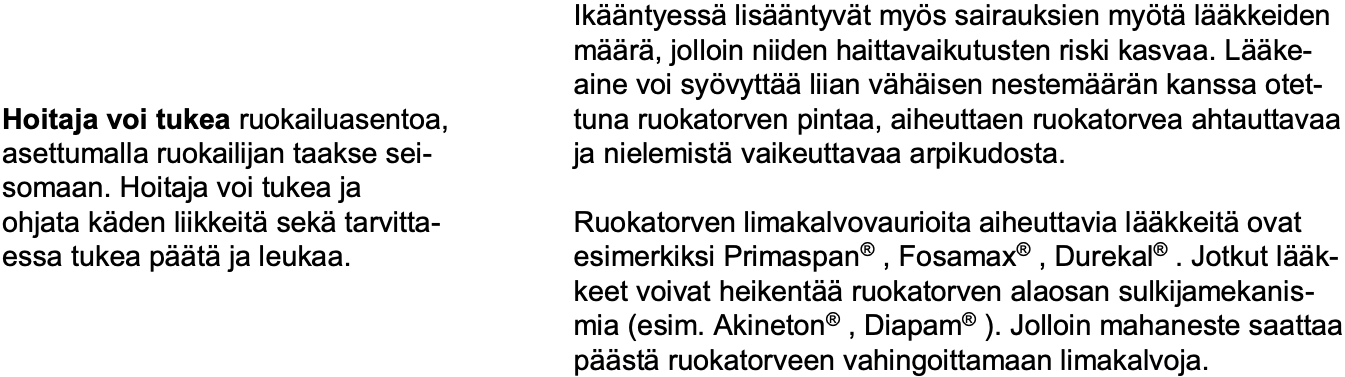
Ikääntyessälisääntyvät myös sairauksien myötälääkkeiden määrä, jolloin niiden haittavaikutusten riski kasvaa. Lääke- aine voi syövyttääliian vähäisen nestemäärän kanssa otet- Hoitaja voi tukearuokailuasentoa, tuna ruokatorven pintaa, aiheuttaen ruokatorvea ahtauttavaa asettumalla ruokailijan taakse sei- ja nielemistävaikeuttavaa arpikudosta. somaan. Hoitaja voi tukea ja ohjata käden liikkeitäsekätarvitta- Ruokatorven limakalvovaurioita aiheuttavia lääkkeitäovat essa tukea päätäja leukaa. esimerkiksi Primaspan®, Fosamax®, Durekal®. Jotkut lääk- keet voivat heikentääruokatorven alaosan sulkijamekanis- mia (esim. Akineton®, Diapam®). Jolloin mahaneste saattaa päästäruokatorveen vahingoittamaan limakalvoja.